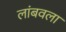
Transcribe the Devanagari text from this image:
लांबवला